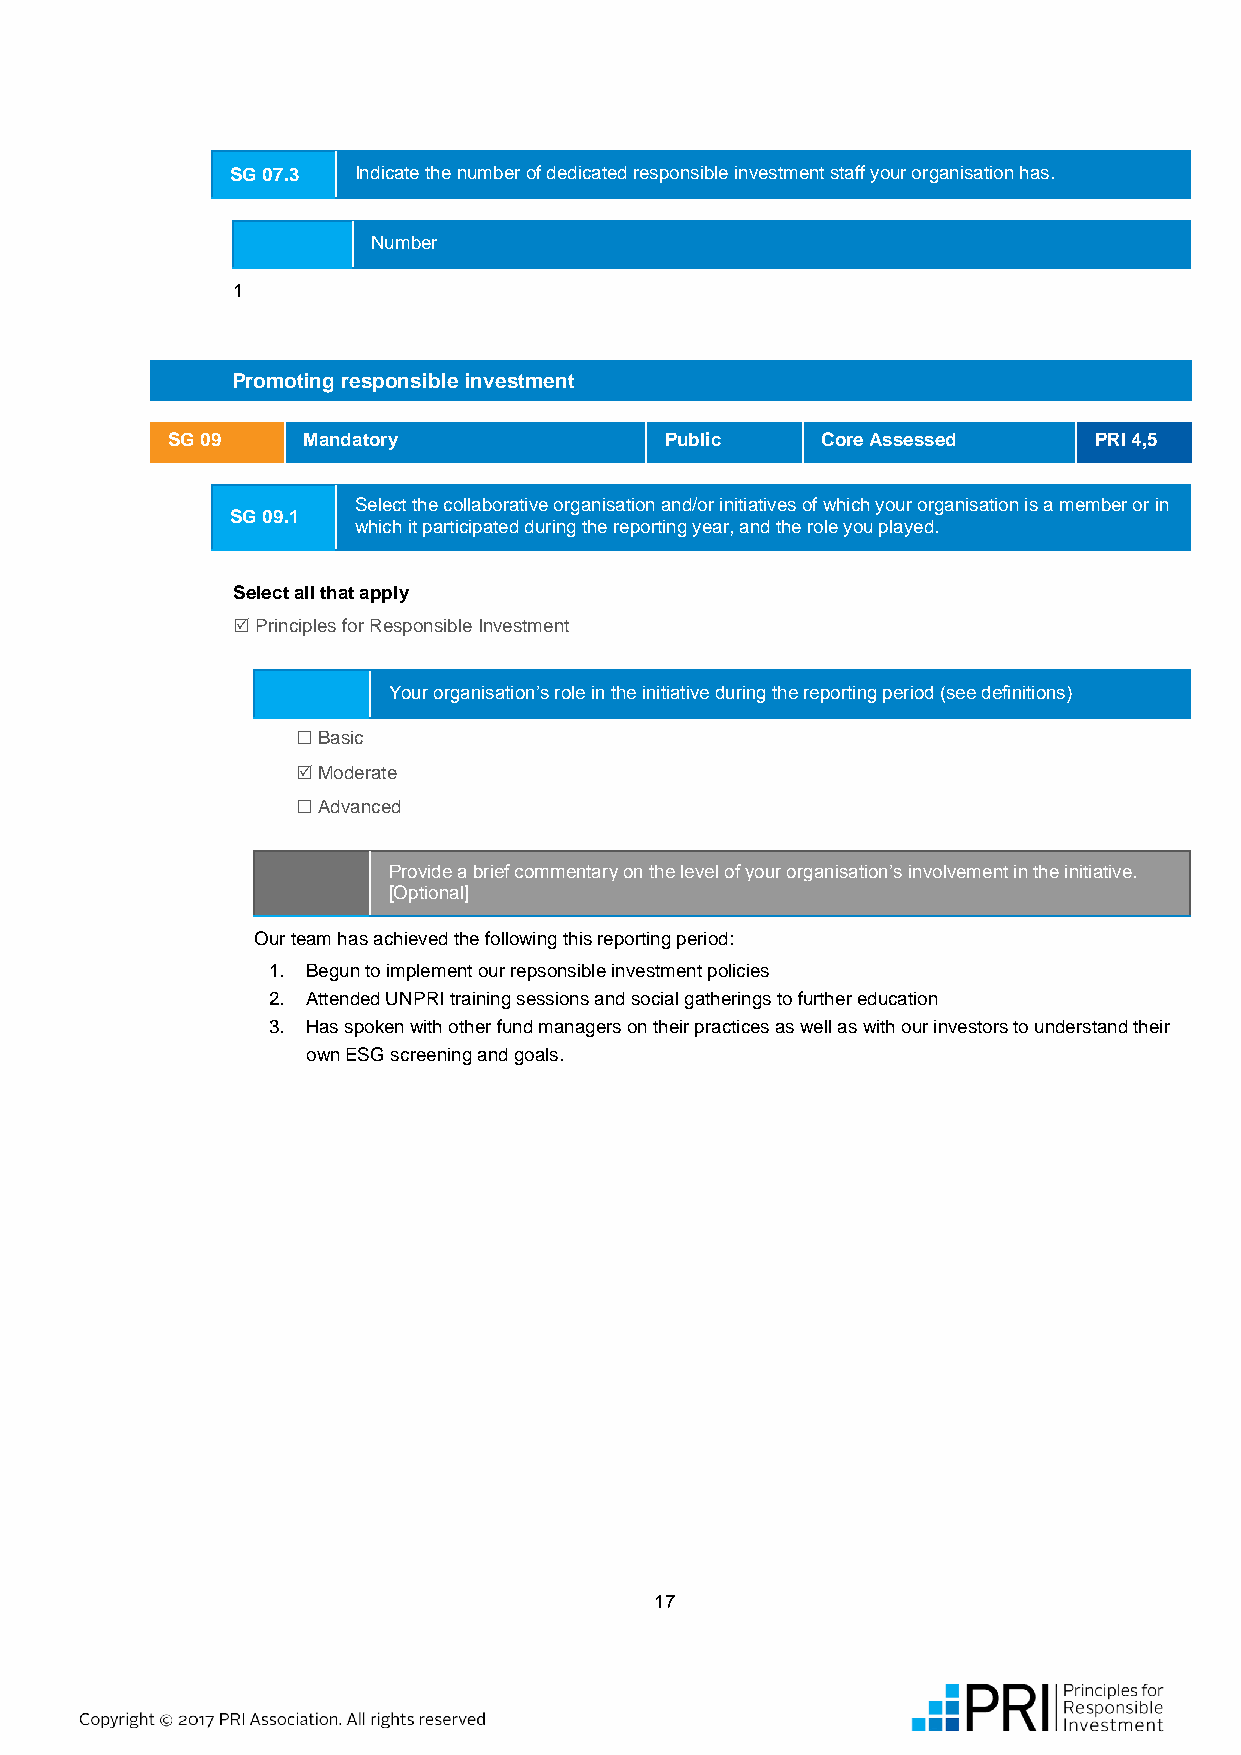
SG 07.3 Indicate the number of dedicated responsible investment staff your organisation has.
 Number
 1
 Promoting responsible investment
 SG 09    Mandatory               Public    Core Assessed     PRI 4,5
 Select the collaborative organisation and/or initiatives of which your organisation is a member or in
 SG 09.1
 which it participated during the reporting year, and the role you played.
 Select all that apply
  Principles for Responsible Investment
 Your organisation’s role in the initiative during the reporting period (see definitions)
  Basic
  Moderate
  Advanced
 Provide a brief commentary on the level of your organisation’s involvement in the initiative.
 [Optional]
 Our team has achieved the following this reporting period:
 1. Begun to implement our repsonsible investment policies
 2. Attended UNPRI training sessions and social gatherings to further education
 3. Has spoken with other fund managers on their practices as well as with our investors to understand their
 own ESG screening and goals.
 17